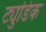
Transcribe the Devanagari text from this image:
ट्युडिक